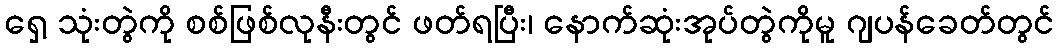
ရှေ့ သုံးတွဲကို စစ်ဖြစ်လုနီးတွင် ဖတ်ရပြီး၊ နောက်ဆုံးအုပ်တွဲကိုမူ ဂျပန်ခေတ်တွင်